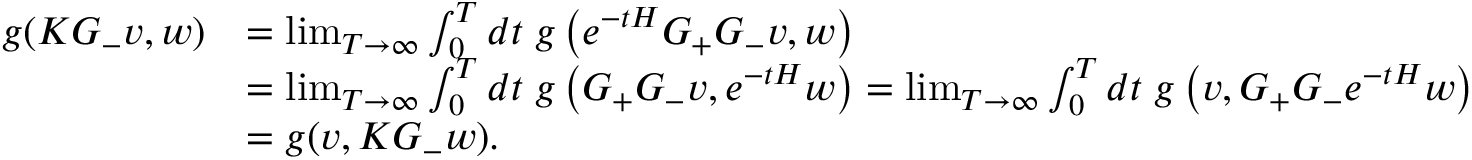
\begin{array} { r l } { g ( K G _ { - } v , w ) } & { = \operatorname* { l i m } _ { T \to \infty } \int _ { 0 } ^ { T } d t \; g \left( e ^ { - t H } G _ { + } G _ { - } v , w \right) } \\ & { = \operatorname* { l i m } _ { T \to \infty } \int _ { 0 } ^ { T } d t \; g \left( G _ { + } G _ { - } v , e ^ { - t H } w \right) = \operatorname* { l i m } _ { T \to \infty } \int _ { 0 } ^ { T } d t \; g \left( v , G _ { + } G _ { - } e ^ { - t H } w \right) } \\ & { = g ( v , K G _ { - } w ) . } \end{array}